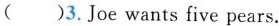
( )3.Joewants five pears.